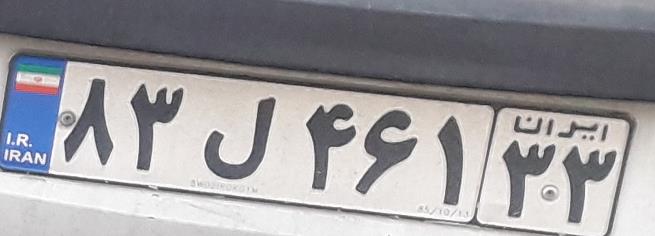
۸۳ل۴۶۱۳۳